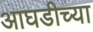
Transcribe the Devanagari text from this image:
आघडीच्या